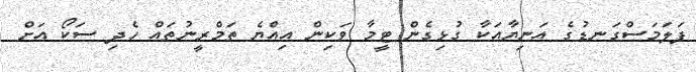
ފަލަމަސްގަނޑުގެ އަނިޔާއަކާ ގުޅިގެން ޓީމާ ވަކިން އިއްޔެ ތަމްރީނުތައް ހެދި ސަކޯ އަށް